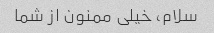
سلام، خیلی ممنون از شما